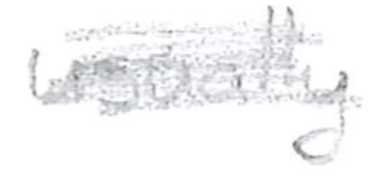
Text: usually
Cross-out: mix
Writing tool: pencil